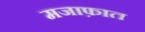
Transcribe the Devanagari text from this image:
मजाफ़ात